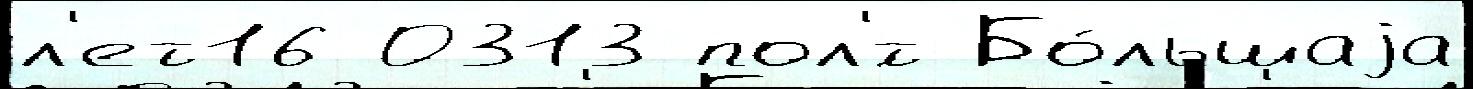
л'ет16 0313 пол'́т Бо́льшаjа